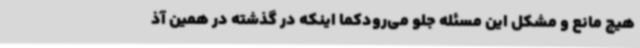
هیچ مانع و مشکل این مسئله جلو می‌رودکما اینکه در گذشته در همین آذ